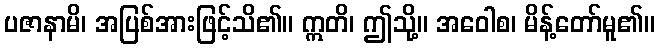
ပဇာနာမိ၊ အပြစ်အားဖြင့်သိ၏။ ဣတိ၊ ဤသို့။ အဝေါစ၊ မိန့်တော်မူ၏။